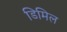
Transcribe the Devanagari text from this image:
डिमिल